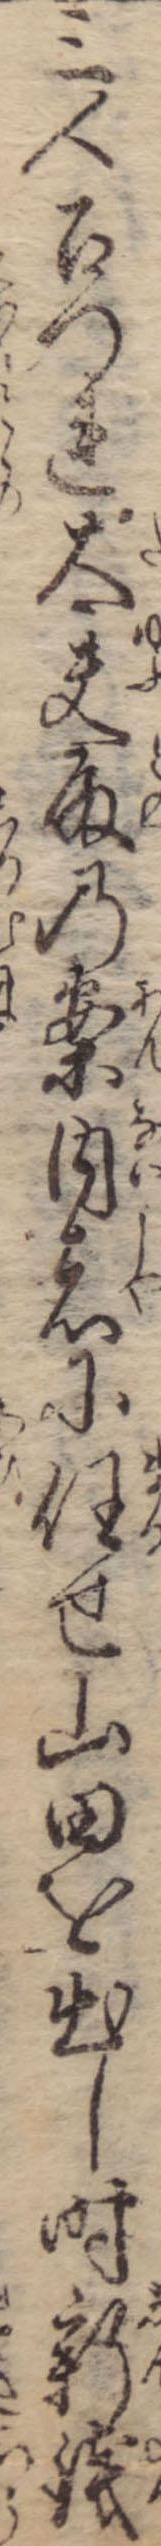
三人召つれ太夫殿の案内者に任せ山田を出し時新銭